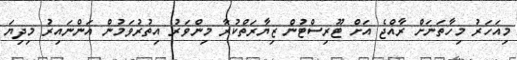
މިއަހަރު މިހާތަނަށް ރާއްޖެ އަށް ޓޫރިސްޓުން ޒިޔާރަތްކުރާ މިންވަރު އިތުރުވަމުން އަންނައިރު މިދިޔަ